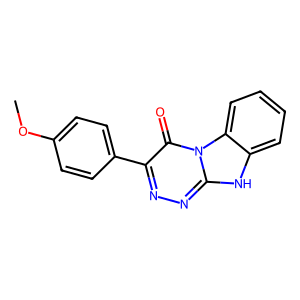
SMILES: COc1ccc(-c2nnc3[nH]c4ccccc4n3c2=O)cc1
Inhibits HIV replication: No